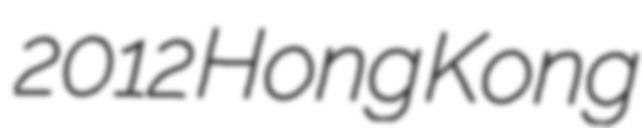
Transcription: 2012 Hong Kong